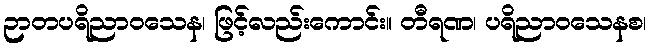
ဉာတပရိညာဝသေန၊ ဖြင့်လည်းကောင်း။ တီရဏ၊ ပရိညာဝသေနစ၊